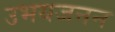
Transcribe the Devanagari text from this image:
उभयजनन